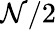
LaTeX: \mathcal{N}/2